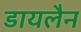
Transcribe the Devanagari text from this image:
डायलैन